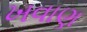
ખવાણ